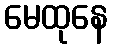
မေထုနေ